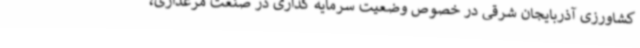
کشاورزی آذربایجان شرقی در خصوص وضعیت سرمایه گذاری در صنعت مرغداری،